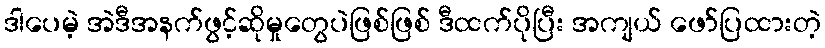
ဒါပေမဲ့ အဲဒီအနက်ဖွင့်ဆိုမှုတွေပဲဖြစ်ဖြစ် ဒီထက်ပိုပြီး အကျယ် ဖော်ပြထားတဲ့